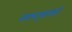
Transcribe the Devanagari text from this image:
नाट्यगृहांतही